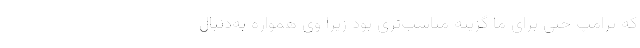
که ترامپ حتی برای ما گزینه مناسب‌تری بود زیرا وی همواره به‌دنبال